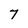
Character: 7